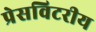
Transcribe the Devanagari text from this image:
प्रेसविटरीय